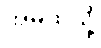
အိမ်ထဲသို့